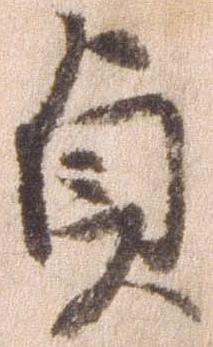
貞